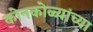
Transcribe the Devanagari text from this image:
कोनकोळ्यांच्या